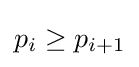
p_{i}\geq p_{i+1}